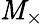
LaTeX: \mathit{M}_{\times}